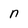
Character: n